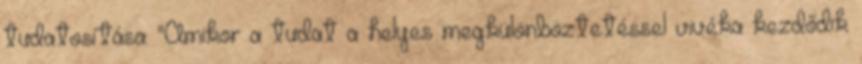
tudatosítása: "Amikor a tudat a helyes megkülönböztetéssel vivéka kezdődik